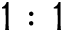
1 : 1